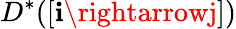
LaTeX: D^{*}([\mathbf{i}\rightarrowj])